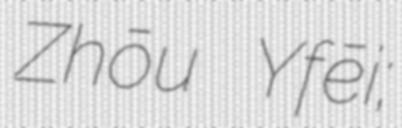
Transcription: Zhōu Yǎfēi;